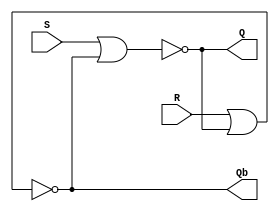

module nor_latch(
  input S, 
  input R, 
  output Q, 
  output Qb
);
  nor n1(Q, S, Qb);
  nor n2(Qb, R, Q);
endmodule

module nand_latch(
  input S, 
  input R, 
  output Q, 
  output Qb
);
  nand n1(Q, S, Qb);
  nand n2(Qb, R, Q);
endmodule

module main;
  reg S, R;
  wire Q, Qb;

  nand_latch nand_latch(S, R, Q, Qb);
  // nor_latch nor_latch(S, R, Q, Qb);

  initial begin
    S = 0;
    R = 0;
    $dumpfile("srlatch.vcd");
    $dumpvars;
  end

  always #50 begin
    S = S + 1;
  end

  always #300 begin
    R = R + 1;
  end

  initial #1000 $finish;

endmodule